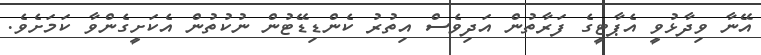
އޭނާ ވިދާޅުވީ އެޕާޓީގެ ފަރާތުން އަދިވެސް އިތުރު ކެންޑިޑޭޓުން ނުކުތުން އެކަށީގެންވާ ކަމަށެވެ.